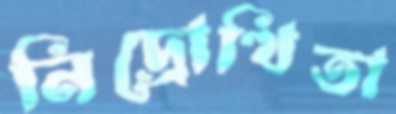
নিদ্রোত্থিতা